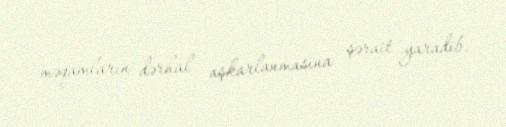
məqamların dərhal aşkarlanmasına şərait yaradib.